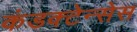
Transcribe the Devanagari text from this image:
कंडक्टेन्सेस